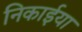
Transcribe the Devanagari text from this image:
निकाईया